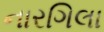
નારગિલા